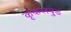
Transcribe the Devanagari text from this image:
कृकलवुड